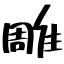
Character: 雕